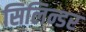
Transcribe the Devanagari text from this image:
सिलिन्डर